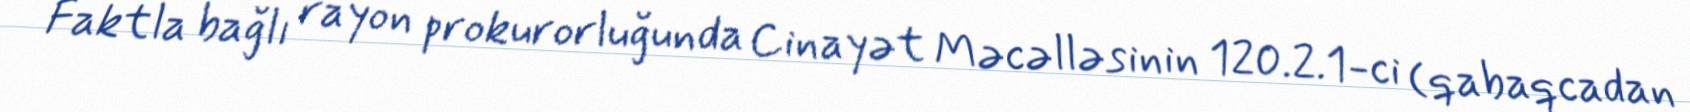
Faktla bağlı rayon prokurorluğunda Cinayət Məcəlləsinin 120.2.1-ci (qabaqcadan